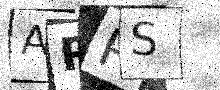
Text: APRS